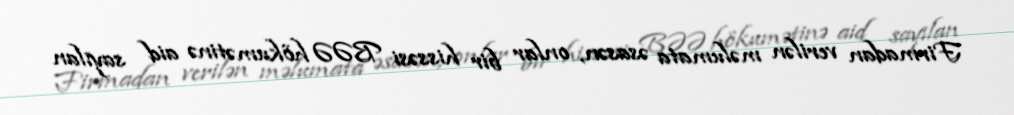
Firmadan verilən məlumata əsasən, onlar bir hissəsi BƏƏ hökumətinə aid sayılan